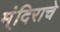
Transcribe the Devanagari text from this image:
म्ंदिराचे